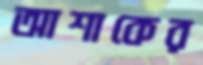
আশাকের